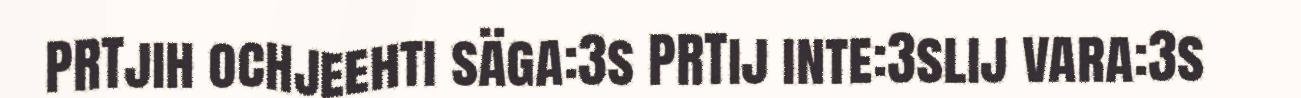
PRTjih ochjeehti säga:3s PRTij inte:3slij vara:3s